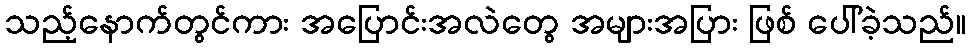
သည့်နောက်တွင်ကား အပြောင်းအလဲတွေ အများအပြား ဖြစ် ပေါ်ခဲ့သည်။